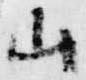
山